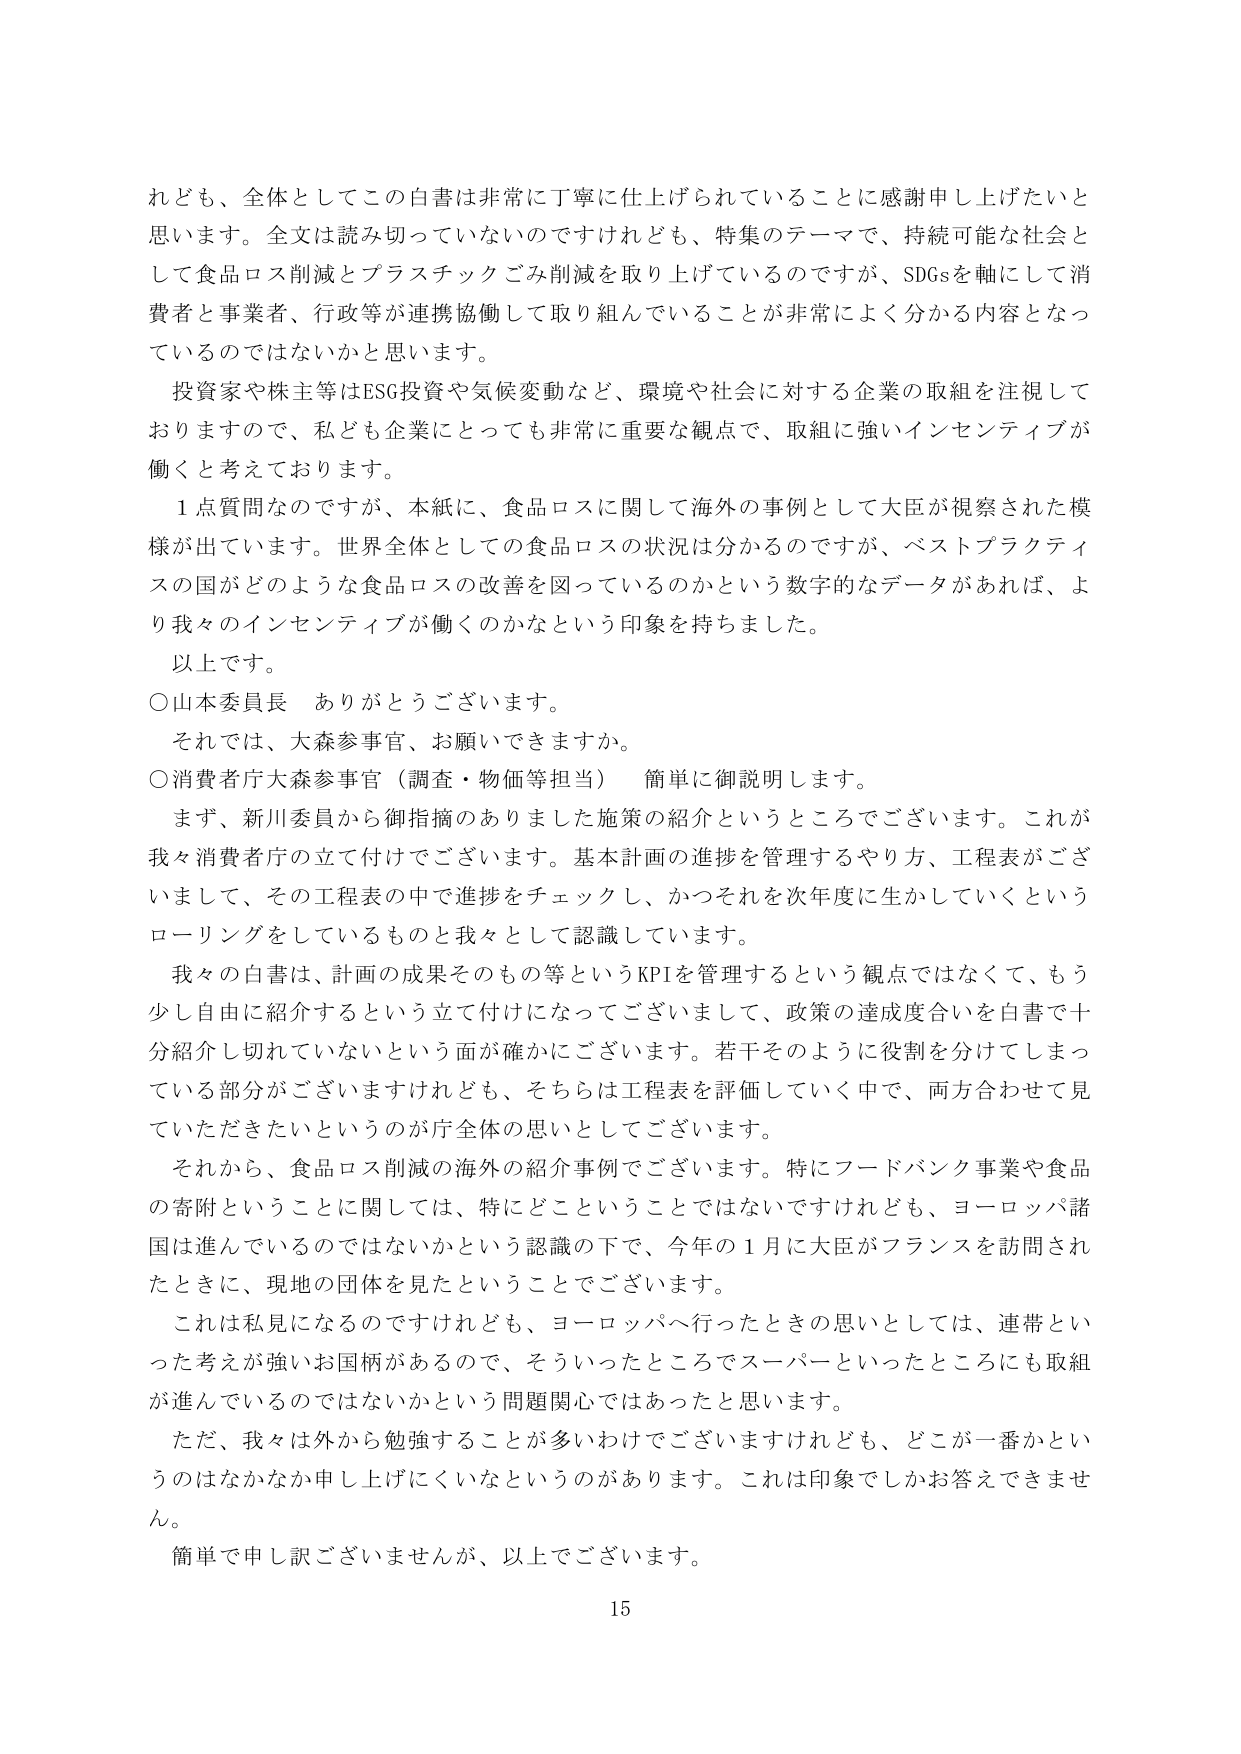
れども、全体としてこの白書は非常に丁寧に仕上げられていることに感謝申し上げたいと思います。全文は読み切っていないのですけれども、特集のテーマで、持続可能な社会として食品ロス削減とプラスチックごみ削減を取り上げているのですが、SDGsを軸にして消費者と事業者、行政等が連携協働して取り組んでいることが非常によく分かる内容となっているのではないでしょうかと思います。

投資家や株主等はESG投資や気候変動など、環境や社会に対する企業の取組を注視しておりますので、私ども企業にとっても非常に重要な観点で、取組に強いインセンティブが働くと考えております。

１点質問なのですが、本紙に、食品ロスに関して海外の事例として大臣が視察された模様が出ています。世界全体としての食品ロスの状況は分かるのですが、ベストプラクティスの国がどのような食品ロスの改善を図っているのかという数字的なデータがあれば、より我々のインセンティブが働くのかなという印象を持ちました。

以上です。

○山本委員長　ありがとうございます。

それでは、大森参事官、お願いできますか。

○消費者庁大森参事官（調査・物価等担当）　簡単に御説明します。

まず、新川委員から御指摘のありました施策の紹介というところでございます。これが我々消費者庁の立て付けでございます。基本計画の進捗を管理するやり方、工程表がございまして、その工程表の中で進捗をチェックし、かつそれを次年度に生かしていくというローリングをしているものと我々として認識しています。

我々の白書は、計画の成果そのもの等というKPIを管理するという観点ではなくて、もう少し自由に紹介するという立て付けになってございまして、政策の達成度合いを白書で十分紹介し切れていないという面が確かにございます。若干そのように役割を分けてしまっている部分がございますけれども、そちらは工程表を評価していく中で、両方合わせて見ていただきたいというのが庁全体の思いとしてございます。

それから、食品ロス削減の海外の紹介事例でございます。特にフードバンク事業や食品の寄附ということに関しては、特にどこということではないですけれども、ヨーロッパ諸国は進んでいるのではないかという認識の下で、今年の１月に大臣がフランスを訪問されたときに、現地の団体を見たということでございます。

これは私見になるのですけれども、ヨーロッパへ行ったときの思いとしては、連帯といった考えが強いお国柄があるので、そういったところでスーパーといったところにも取組が進んでいるのではないかという問題関心ではあったと思います。

ただ、我々は外から勉強することが多いわけでございますけれども、どこが一番かというのはなかなか申し上げにくいなというのがあります。これは印象でしかお答えできません。

簡単に申し訳ございませんが、以上でございます。

15